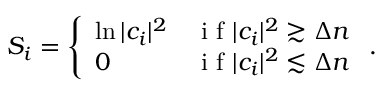
S _ { i } = \left\{ \begin{array} { l r } { \ln | c _ { i } | ^ { 2 } } & { \mathrm { ~ i ~ f ~ } | c _ { i } | ^ { 2 } \gtrsim \Delta n } \\ { 0 } & { \mathrm { ~ i ~ f ~ } | c _ { i } | ^ { 2 } \lesssim \Delta n } \end{array} \right. .